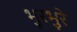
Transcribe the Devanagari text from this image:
भुरभुरे